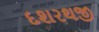
દશરથજી